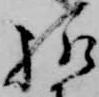
様